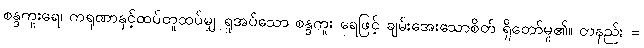
စန္ဒကူးရေ၊ ကရုဏာနှင့်ထပ်တူထပ်မျှ ရှုအပ်သော စန္ဒကူး ရေဖြင့် ချမ်းအေးသောစိတ် ရှိတော်မူ၏။ တနည်း =